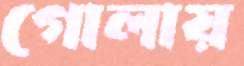
গোলায়